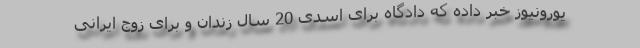
یورونیوز خبر داده که دادگاه برای اسدی 20 سال زندان و برای زوج ایرانی